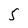
Character: 5